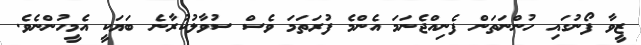
ޒީވާ ފޯނުގައި ހުންނަތަން ފެނިއްޖެނަމަ އެންމެ ފުރަތަމަ ވެސް ސުވާލުކުރާނެ ބަޔަކީ އެމީހުންނެވެ.